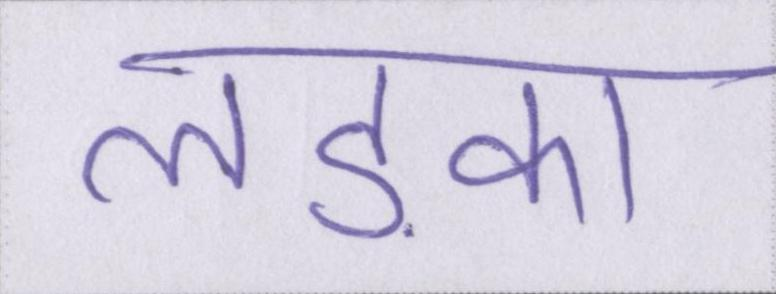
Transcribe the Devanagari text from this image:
लड़का